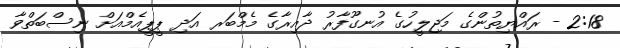
2:18 - ރައްޔިތުންގެ މަޖިލީހުގެ އުނގޫފާރު ދާއިރާގެ މެމްބަރ އަދި ޕީޕީއެމްއަށް ނިސްބަތްވާ